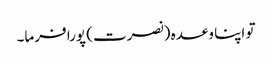
تو اپنا وعدہ (نصرت) پورا فرما۔